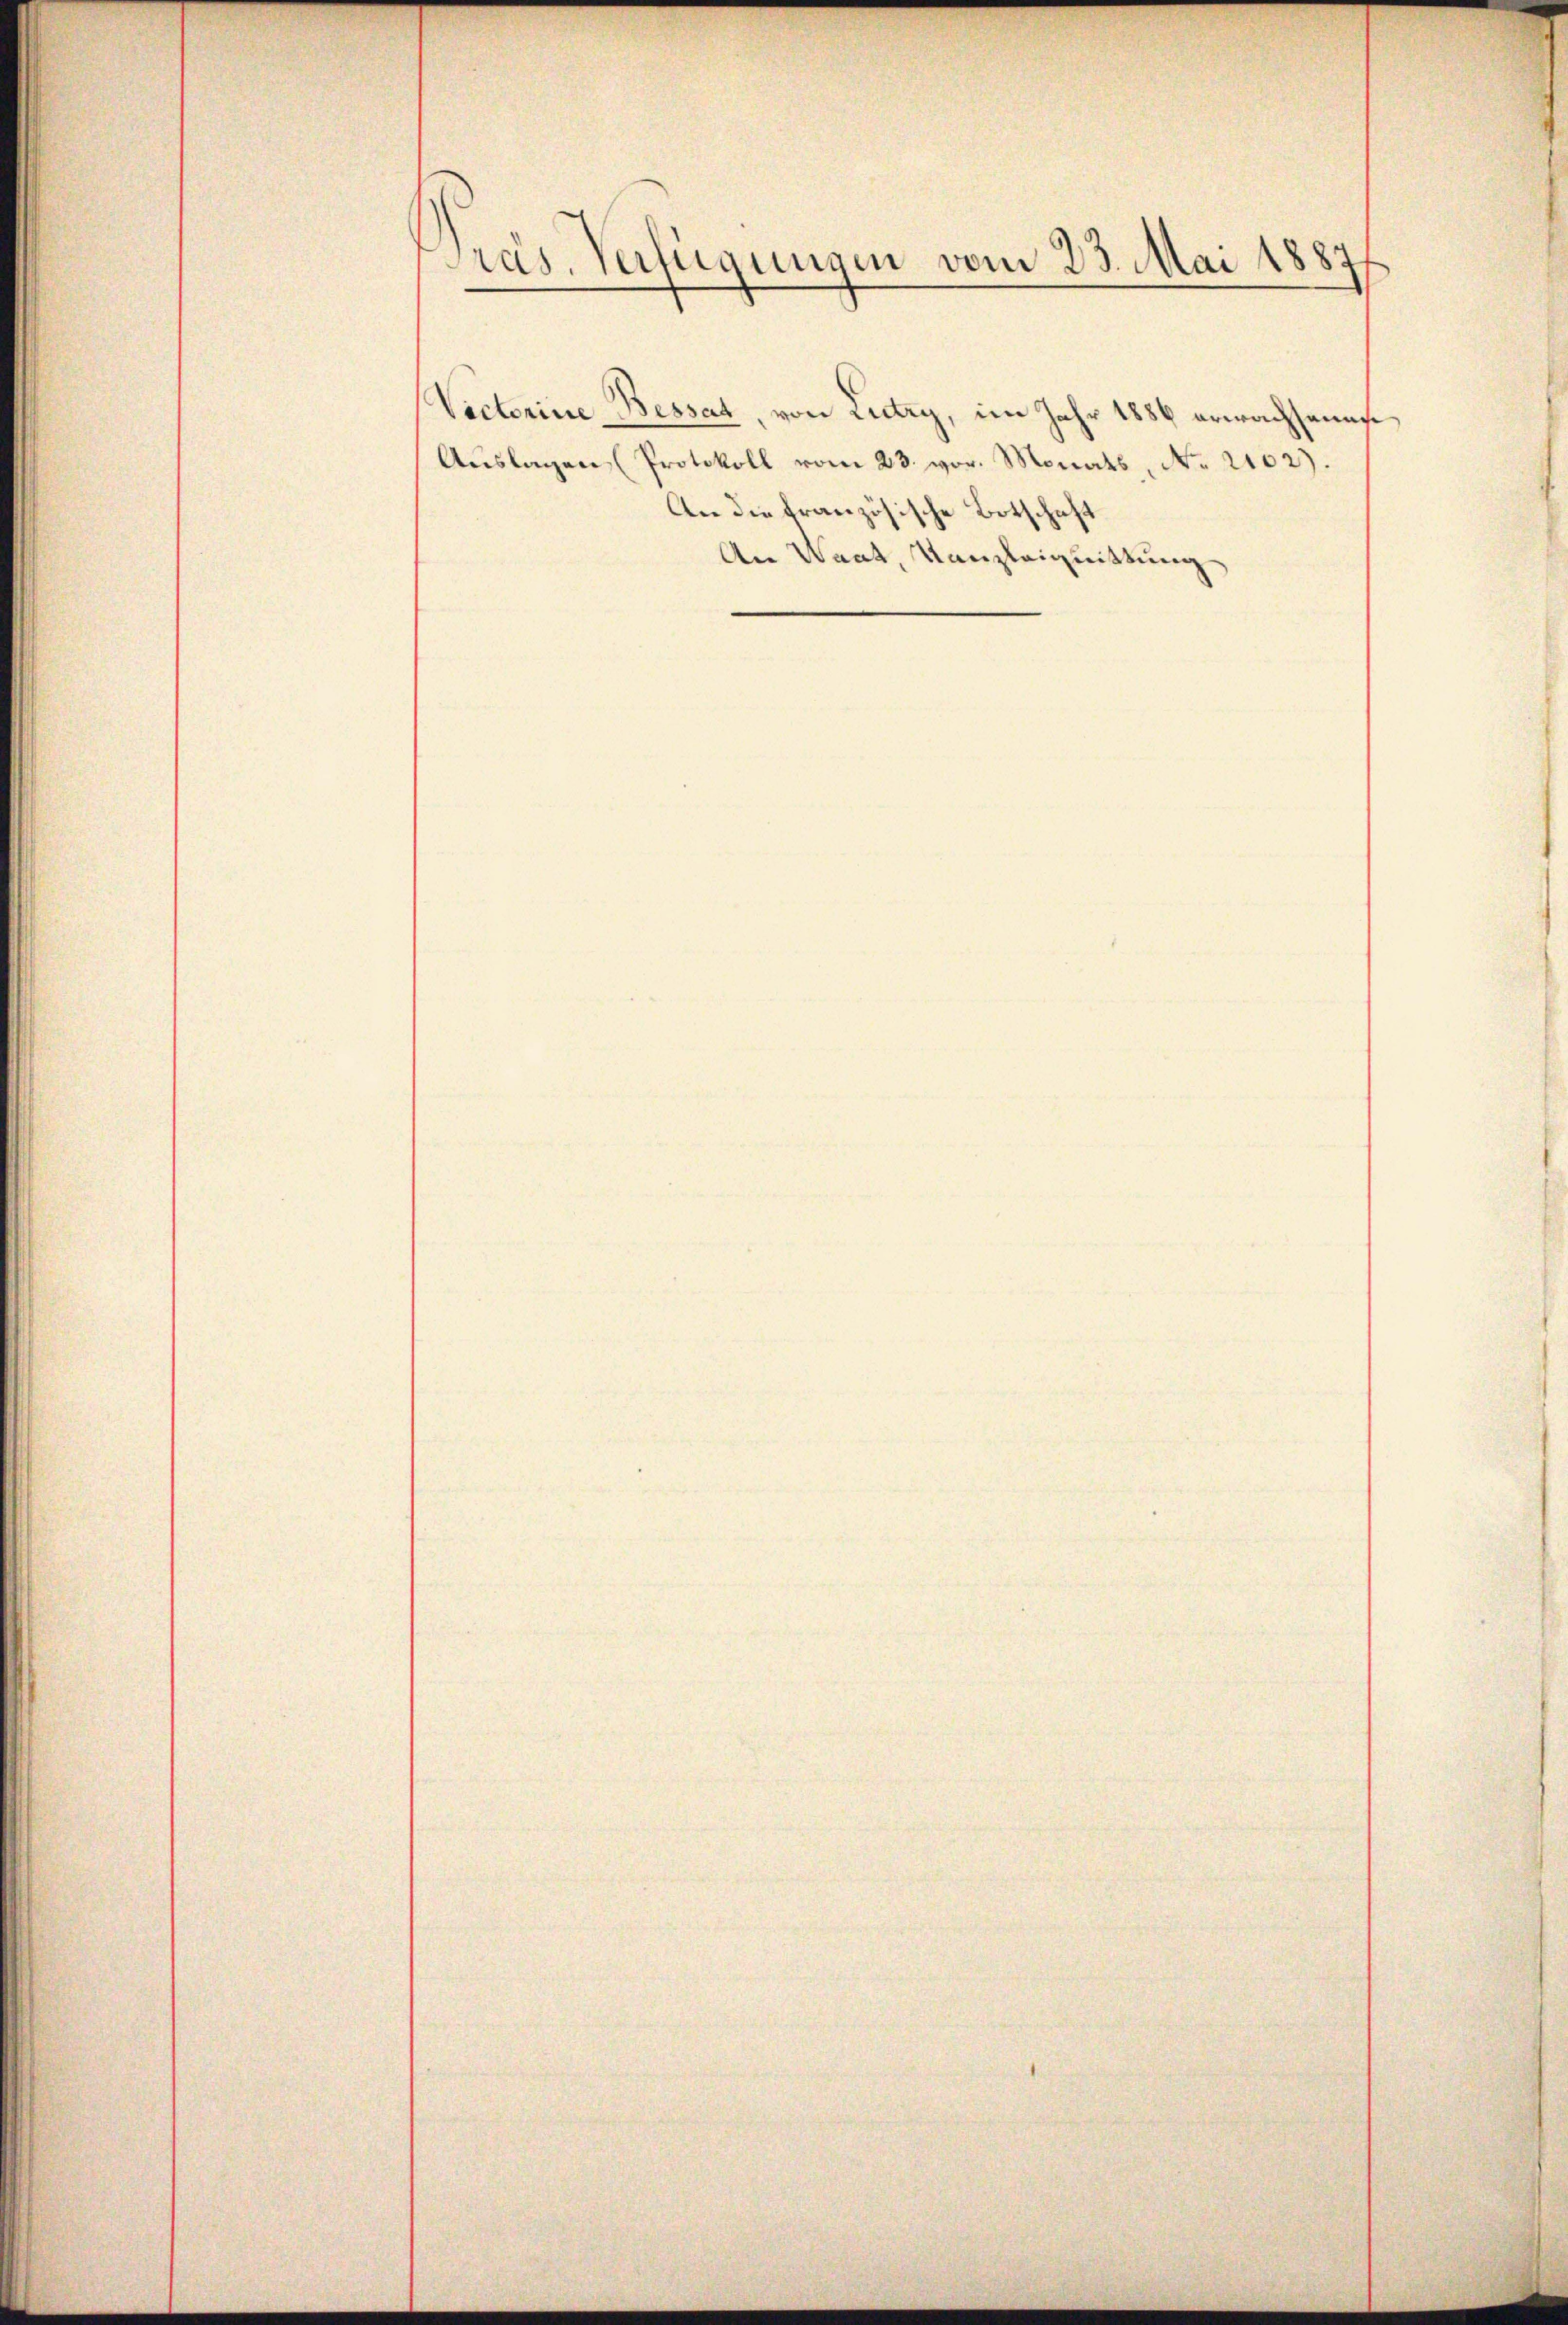
Gras, Verfügungen vom 23. Mai 1887

Vecterine Besset, von Lutry, im Jahr 1886 erwachsamst
Aŭslagen (Protokoll vom 23. vor. Monats No. 2102).
An die französische Botschaft
An Waat, Kanzleignittung